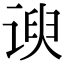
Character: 谀